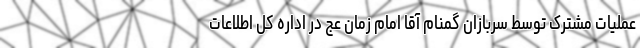
عملیات مشترک توسط سربازان گمنام آقا امام زمان عج در اداره کل اطلاعات